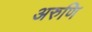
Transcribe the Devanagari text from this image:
अरुणि